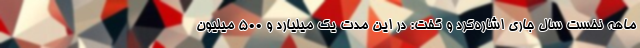
ماهه نخست سال جاری اشاره‌کرد و گفت: در این مدت یک میلیارد و ۵۰۰ میلیون